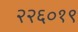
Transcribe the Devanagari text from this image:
२२६०१९